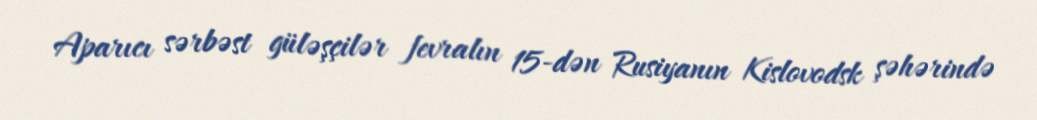
Aparıcı sərbəst güləşçilər fevralın 15-dən Rusiyanın Kislovodsk şəhərində